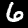
Label: 6